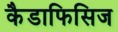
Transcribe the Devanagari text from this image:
कैडाफिसिज